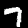
Label: 7